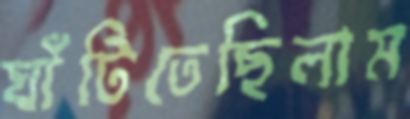
ঘাঁটিতেছিলাম